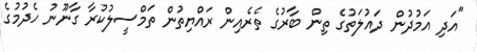
"އަދި އަމުދުން ދައުލަތުގެ ތިން ބާރުގެ ތެރެއިން ރައްޔިތުން ތަމްސީލުކުރާ ގާނޫނު ހެދުމުގެ